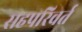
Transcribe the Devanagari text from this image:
सहपरिवर्त